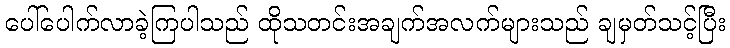
ပေါ်ပေါက်လာခဲ့ကြပါသည် ထိုသတင်းအချက်အလက်များသည် ချမှတ်သင့်ပြီး